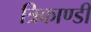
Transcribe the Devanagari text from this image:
त्रिकाण्डी